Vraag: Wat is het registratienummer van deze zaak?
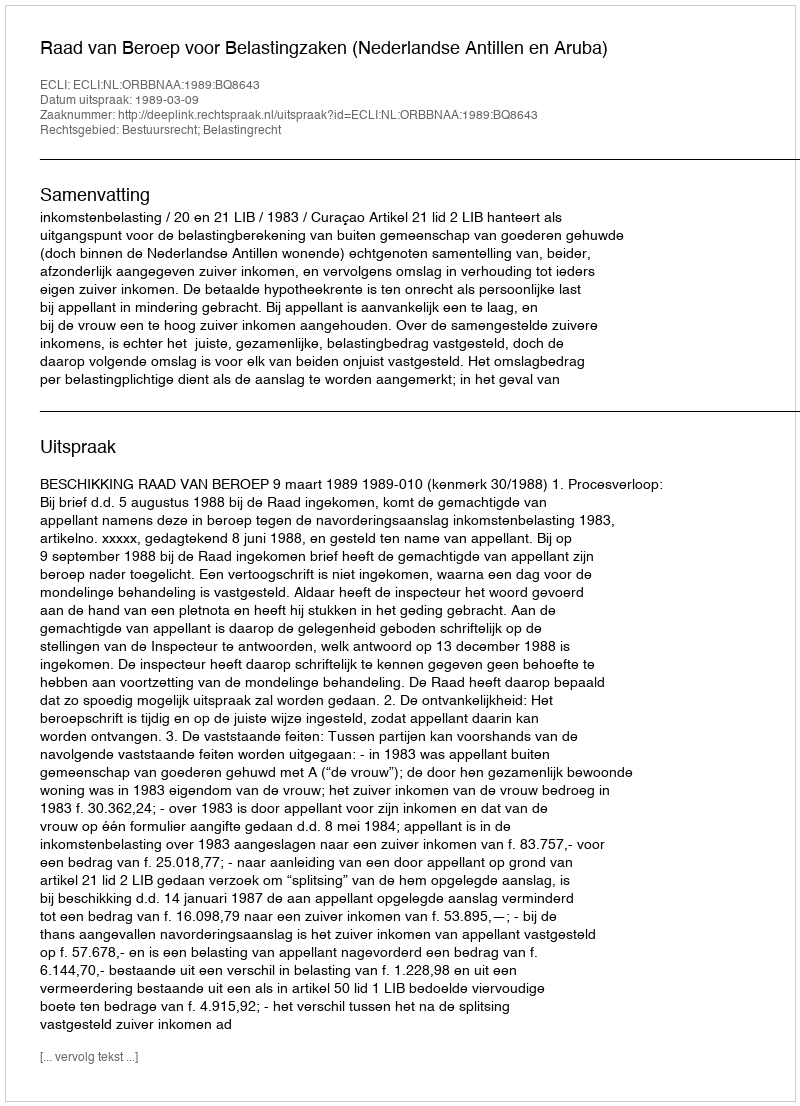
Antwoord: http://deeplink.rechtspraak.nl/uitspraak?id=ECLI:NL:ORBBNAA:1989:BQ8643